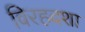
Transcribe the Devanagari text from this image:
विरहदशा